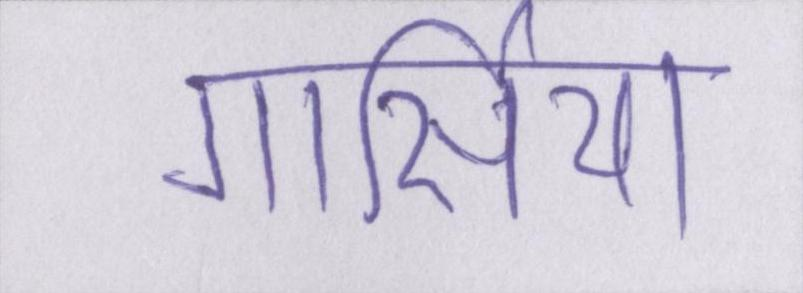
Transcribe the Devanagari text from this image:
गार्सिया